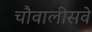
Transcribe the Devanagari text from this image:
चौवालीसवे